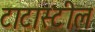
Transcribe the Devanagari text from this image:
टाटास्‍टील